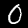
Digit: 0